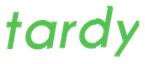
tardy